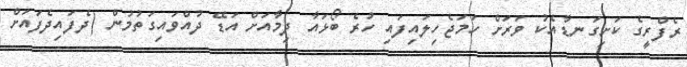
ރެފްރީގެ ކަށިގަނޑާއެކު ވަރަށް ހަމަޖެހިލައިފައި ހުރެ ބޯޅައާ ދިމާއަށް އަޑޭ ދުއްވައިގަތުމުން (ދެފައިދެފައަށް